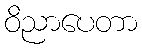
ဝိညာပေတာ